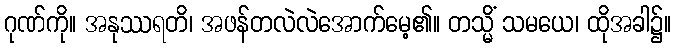
ဂုဏ်ကို။ အနုဿရတိ၊ အဖန်တလဲလဲအောက်မေ့၏။ တသ္မိံ သမယေ၊ ထိုအခါ၌။